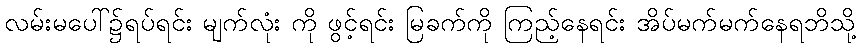
လမ်းမပေါ်၌ရပ်ရင်း မျက်လုံး ကို ဖွင့်ရင်း မြခက်ကို ကြည့်နေရင်း အိပ်မက်မက်နေရဘိသို့